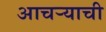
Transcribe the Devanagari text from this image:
आचऱ्याची